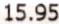
15.95